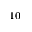
_ { 1 0 }